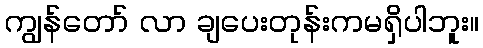
ကျွန်တော် လာ ချပေးတုန်းကမရှိပါဘူး။